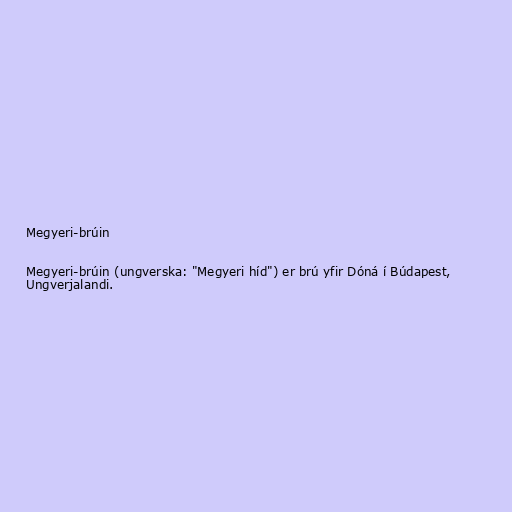
Megyeri-brúin

Megyeri-brúin (ungverska: "Megyeri híd") er brú yfir Dóná í Búdapest,
Ungverjalandi.